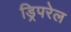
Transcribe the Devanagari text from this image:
ड्रिपरेल